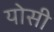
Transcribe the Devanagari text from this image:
योसी